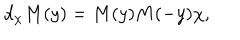
LaTeX: d _ { \chi } M ( y ) = M ( y ) M ( - y ) \chi ,